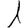
Digit: 1